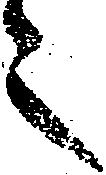
之